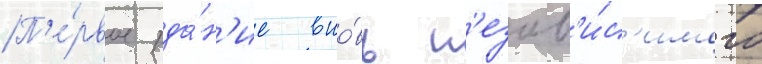
П'е́рвое зда́н'ие вно́вь н'езав'и́с'имого